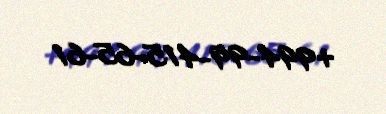
+994-99-415-65-61